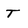
Character: t